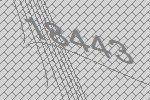
18443